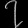
Digit: ၇